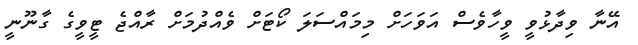
އޭނާ ވިދާޅުވީ ވީހާވެސް އަވަހަށް މިމައްސަލަ ކޯޓަށް ވެއްދުމަށް ރާއްޖެ ޓީވީގެ ގާނޫނީ